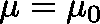
\mathbf { \mu } = \mu _ { 0 }